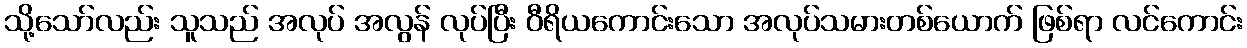
သို့သော်လည်း သူသည် အလုပ် အလွန် လုပ်ပြီး ဝီရိယကောင်းသော အလုပ်သမားတစ်ယောက် ဖြစ်ရာ လင်ကောင်း